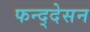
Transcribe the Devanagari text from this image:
फन्द्देसन